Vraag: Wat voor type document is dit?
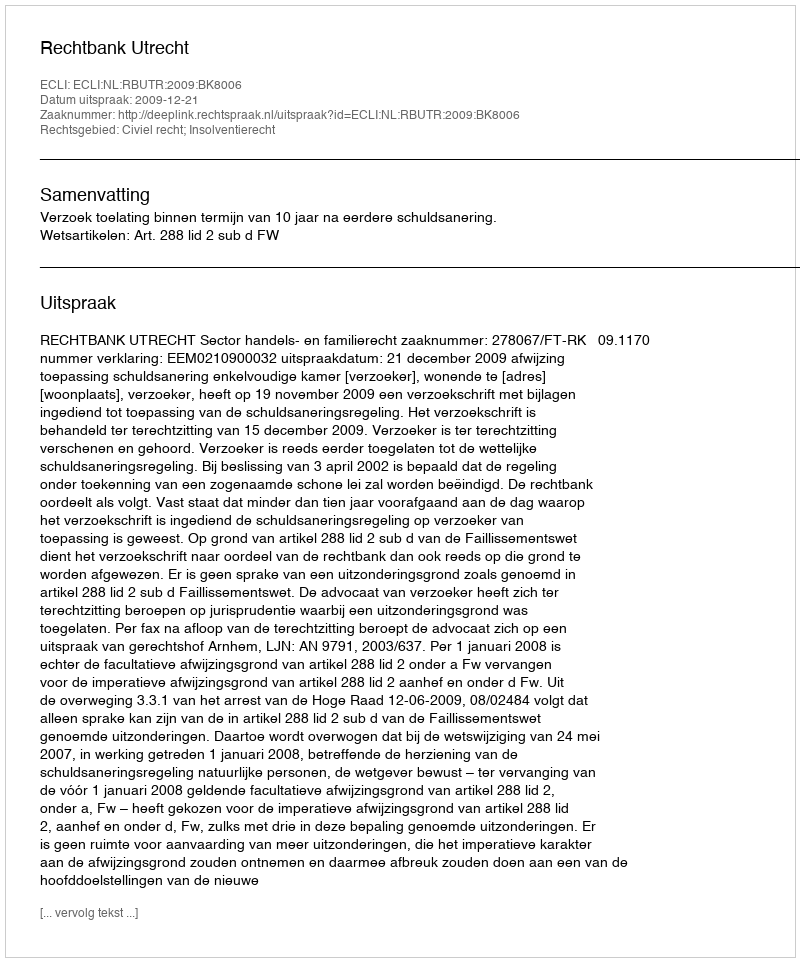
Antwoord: Uitspraak